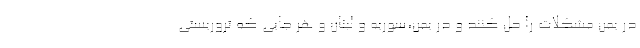
در یمن مشکلات را حل کنند و در یمن،سوریه و لبنان و هر جایی که تروریستی